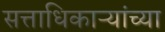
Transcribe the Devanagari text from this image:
सत्ताधिकाऱ्यांच्या